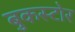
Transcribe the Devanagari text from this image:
बुकस्‍टोर